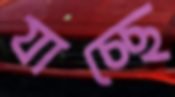
যাচ্ছে